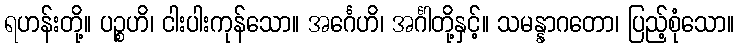
ရဟန်းတို့။ ပဉ္စဟိ၊ ငါးပါးကုန်သော။ အင်္ဂေဟိ၊ အင်္ဂါတို့နှင့်။ သမန္နာဂတော၊ ပြည့်စုံသော။